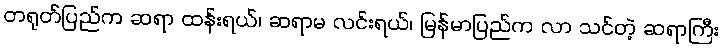
တရုတ်ပြည်က ဆရာ ထန်းရယ်၊ ဆရာမ လင်းရယ်၊ မြန်မာပြည်က လာ သင်တဲ့ ဆရာကြီး